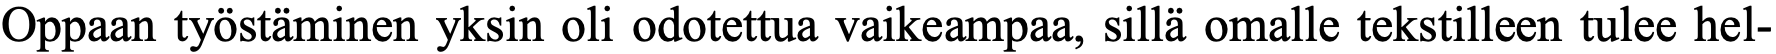
Oppaan työstäminen yksin oli odotettua vaikeampaa, sillä omalle tekstilleen tulee hel-